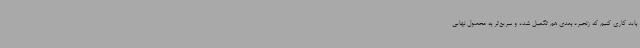
باید کاری کنیم که زنجیره بعدی هم تکمیل شده و سریع‌تر به محصول نهایی